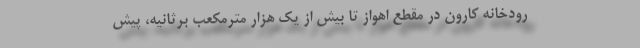
رودخانه کارون در مقطع اهواز تا بیش از یک هزار مترمکعب برثانیه، پیش